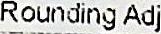
ROUNDING ADJ